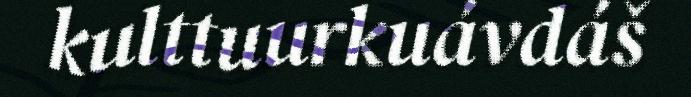
kulttuurkuávdáš